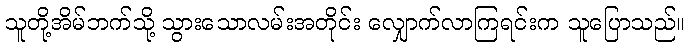
သူတို့အိမ်ဘက်သို့ သွားသောလမ်းအတိုင်း လျှောက်လာကြရင်းက သူပြောသည်။